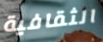
الثقافية